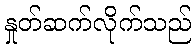
နှုတ်ဆက်လိုက်သည်